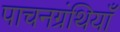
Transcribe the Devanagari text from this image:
पाचनग्रंथियाँ